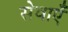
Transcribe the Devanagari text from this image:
सेवाएॅं